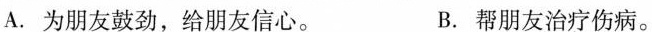
A. 为朋友鼓劲，给朋友信心。 B. 帮朋友治疗伤病。